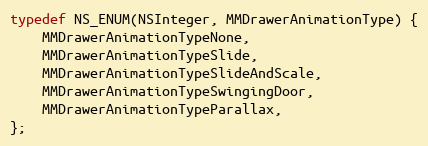
Language: C
typedef NS_ENUM(NSInteger, MMDrawerAnimationType) {
    MMDrawerAnimationTypeNone,
    MMDrawerAnimationTypeSlide,
    MMDrawerAnimationTypeSlideAndScale,
    MMDrawerAnimationTypeSwingingDoor,
    MMDrawerAnimationTypeParallax,
};